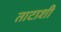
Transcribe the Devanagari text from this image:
ताटाशी